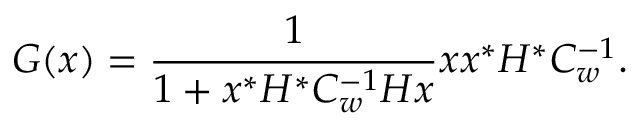
G ( x ) = { \frac { 1 } { 1 + x ^ { * } H ^ { * } C _ { w } ^ { - 1 } H x } } x x ^ { * } H ^ { * } C _ { w } ^ { - 1 } .